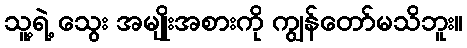
သူ့ရဲ့ သွေး အမျိုးအစားကို ကျွန်တော်မသိဘူး။